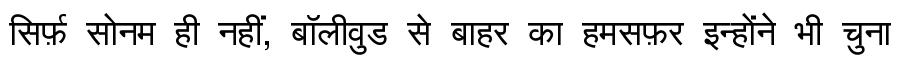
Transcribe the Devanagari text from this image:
सिर्फ़ सोनम ही नहीं, बॉलीवुड से बाहर का हमसफ़र इन्होंने भी चुना